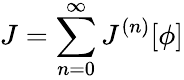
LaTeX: J=\sum_{n=0}^{\infty}J^{(n)}[\phi]